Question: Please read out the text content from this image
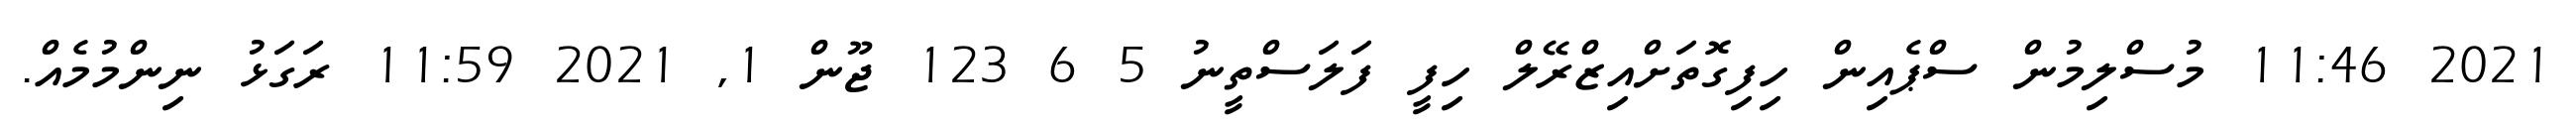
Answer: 2021 11:46 މުސްލިމުން ސްޕެއިން ހިފިގޮތަށްއިޒްރޭލް ހިފީ ފަލަސްތީނު 5 6 123 ޖޫން 1, 2021 11:59 ރަގަޅު ނިންމުމެއް.